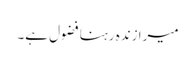
میرا زندہ رہنا فضول ہے۔